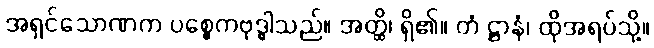
အရှင်သောဏက ပစ္စေကဗုဒ္ဓါသည်။ အတ္ထိ၊ ရှိ၏။ တံ ဋ္ဌာနံ၊ ထိုအရပ်သို့။